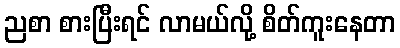
ညစာ စားပြီးရင် လာမယ်လို့ စိတ်ကူးနေတာ